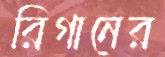
রিগানের